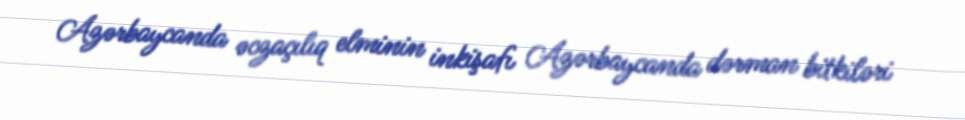
Azərbaycanda əczaçılıq elminin inkişafı Azərbaycanda dərman bitkiləri